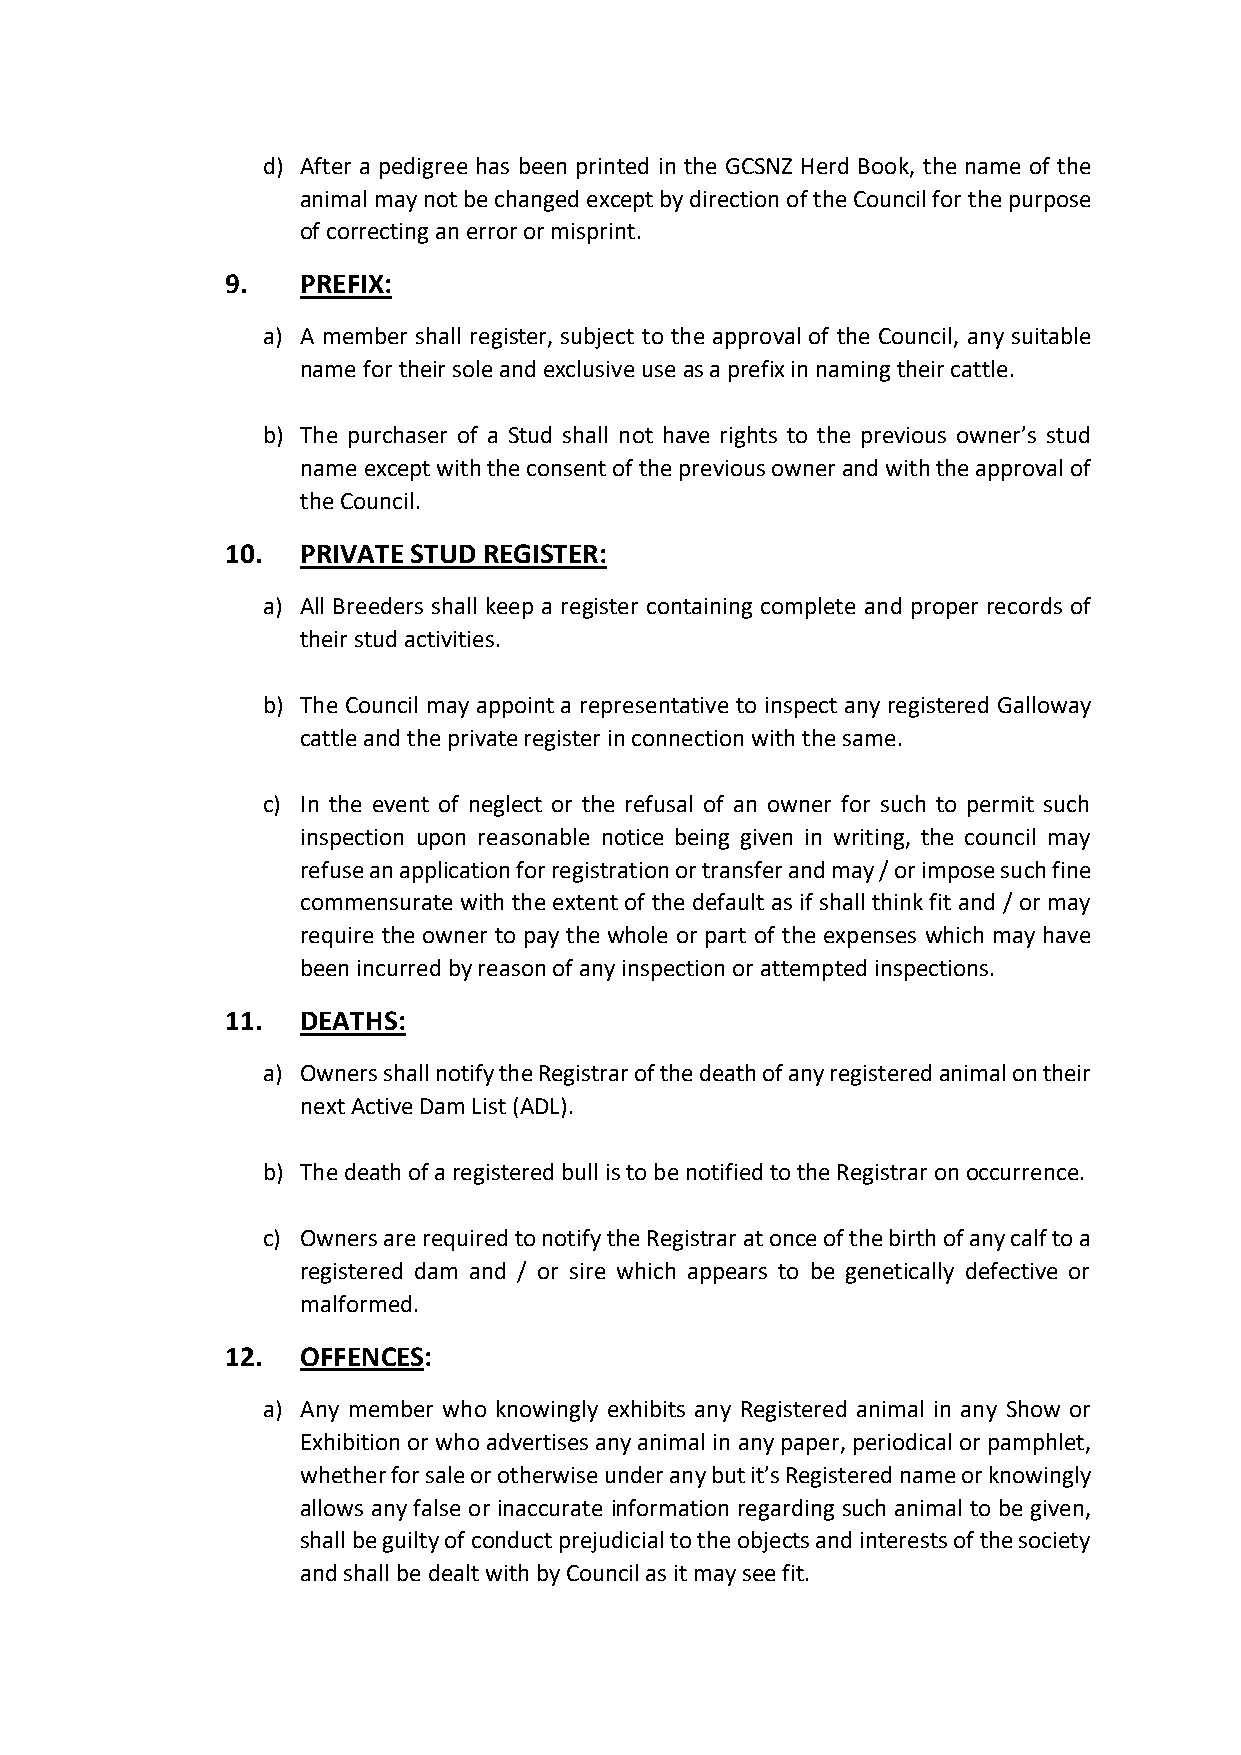
d) After a pedigree has been printed in the GCSNZ Herd Book, the name of the
 animal may not be changed except by direction of the Council for the purpose
 of correcting an error or misprint.
 9.   PREFIX:
 a) A member shall register, subject to the approval of the Council, any suitable
 name for their sole and exclusive use as a prefix in naming their cattle.
 b) The purchaser of a Stud shall not have rights to the previous owner’s stud
 name except with the consent of the previous owner and with the approval of
 the Council.
 10.  PRIVATE STUD REGISTER:
 a) All Breeders shall keep a register containing complete and proper records of
 their stud activities.
 b) The Council may appoint a representative to inspect any registered Galloway
 cattle and the private register in connection with the same.
 c) In the event of neglect or the refusal of an owner for such to permit such
 inspection upon reasonable notice being given in writing, the council may
 refuse an application for registration or transfer and may / or impose such fine
 commensurate with the extent of the default as if shall think fit and / or may
 require the owner to pay the whole or part of the expenses which may have
 been incurred by reason of any inspection or attempted inspections.
 11.  DEATHS:
 a) Owners shall notify the Registrar of the death of any registered animal on their
 next Active Dam List (ADL).
 b) The death of a registered bull is to be notified to the Registrar on occurrence.
 c) Owners are required to notify the Registrar at once of the birth of any calf to a
 registered dam and / or sire which appears to be genetically defective or
 malformed.
 12.  OFFENCES:
 a) Any member who knowingly exhibits any Registered animal in any Show or
 Exhibition or who advertises any animal in any paper, periodical or pamphlet,
 whether for sale or otherwise under any but it’s Registered name or knowingly
 allows any false or inaccurate information regarding such animal to be given,
 shall be guilty of conduct prejudicial to the objects and interests of the society
 and shall be dealt with by Council as it may see fit.